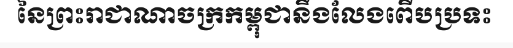
នៃព្រះរាជាណាចក្រកម្ពុជានឹងលែងពើបប្រទះ